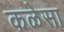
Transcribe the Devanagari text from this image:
कळेसा